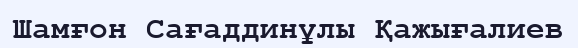
Шамғон Сағаддинұлы Қажығалиев